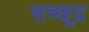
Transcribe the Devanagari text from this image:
सच्छूद्र